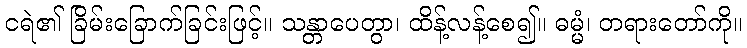
ငရဲ၏ ခြိမ်းခြောက်ခြင်းဖြင့်။ သန္တာပေတွာ၊ ထိန့်လန့်စေ၍။ ဓမ္မံ၊ တရားတော်ကို။